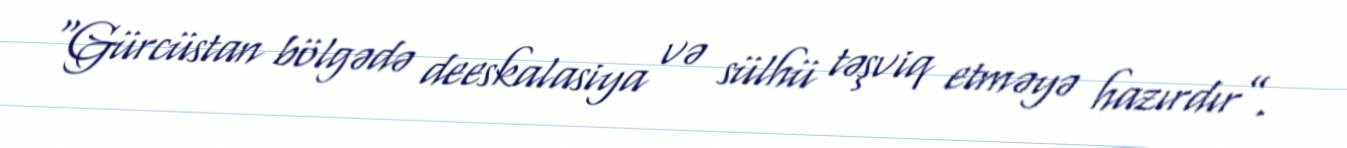
“Gürcüstan bölgədə deeskalasiya və sülhü təşviq etməyə hazırdır”.